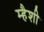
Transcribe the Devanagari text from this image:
म्हैशी